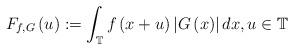
LaTeX: \begin{align*}F_{f,G}\left( u\right) :=\int\nolimits_{\mathbb{T}}f\left( x+u\right)\left\vert G\left( x\right) \right\vert dx,u\in \mathbb{T}\end{align*}